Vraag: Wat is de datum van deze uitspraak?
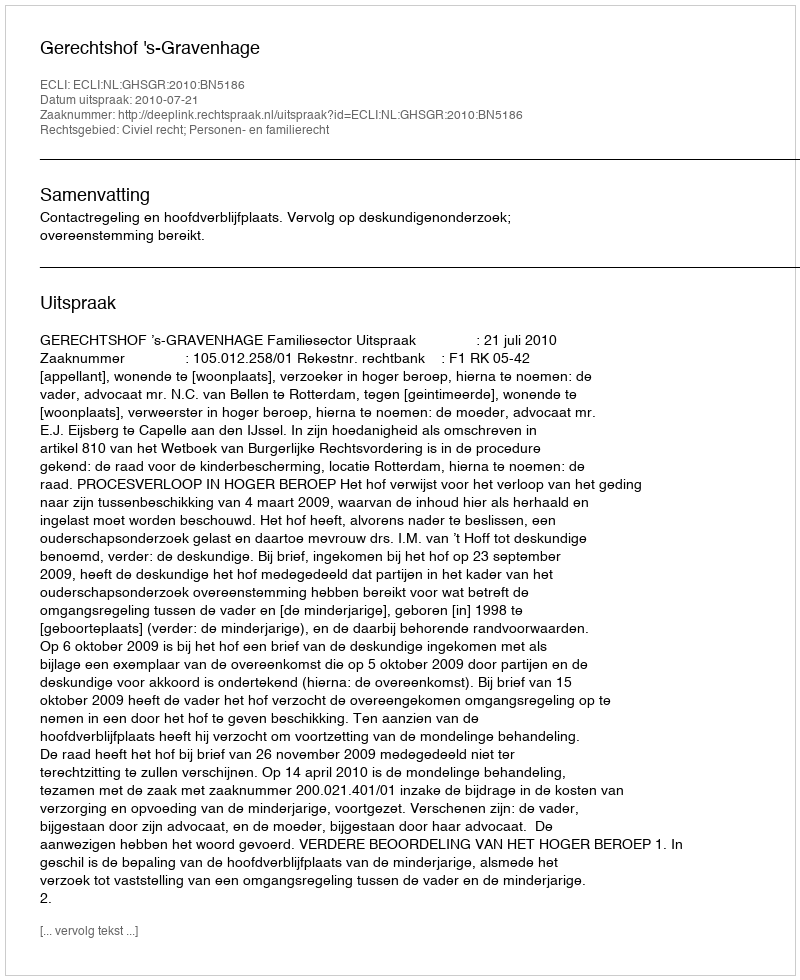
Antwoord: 2010-07-21